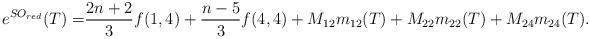
LaTeX: \begin{align*}e^{SO_{red}}(T)=&\frac{2n+2}{3}f(1,4)+\frac{n-5}{3}f(4,4)+M_{12}m_{12}(T)+M_{22}m_{22}(T)+M_{24}m_{24}(T).\end{align*}